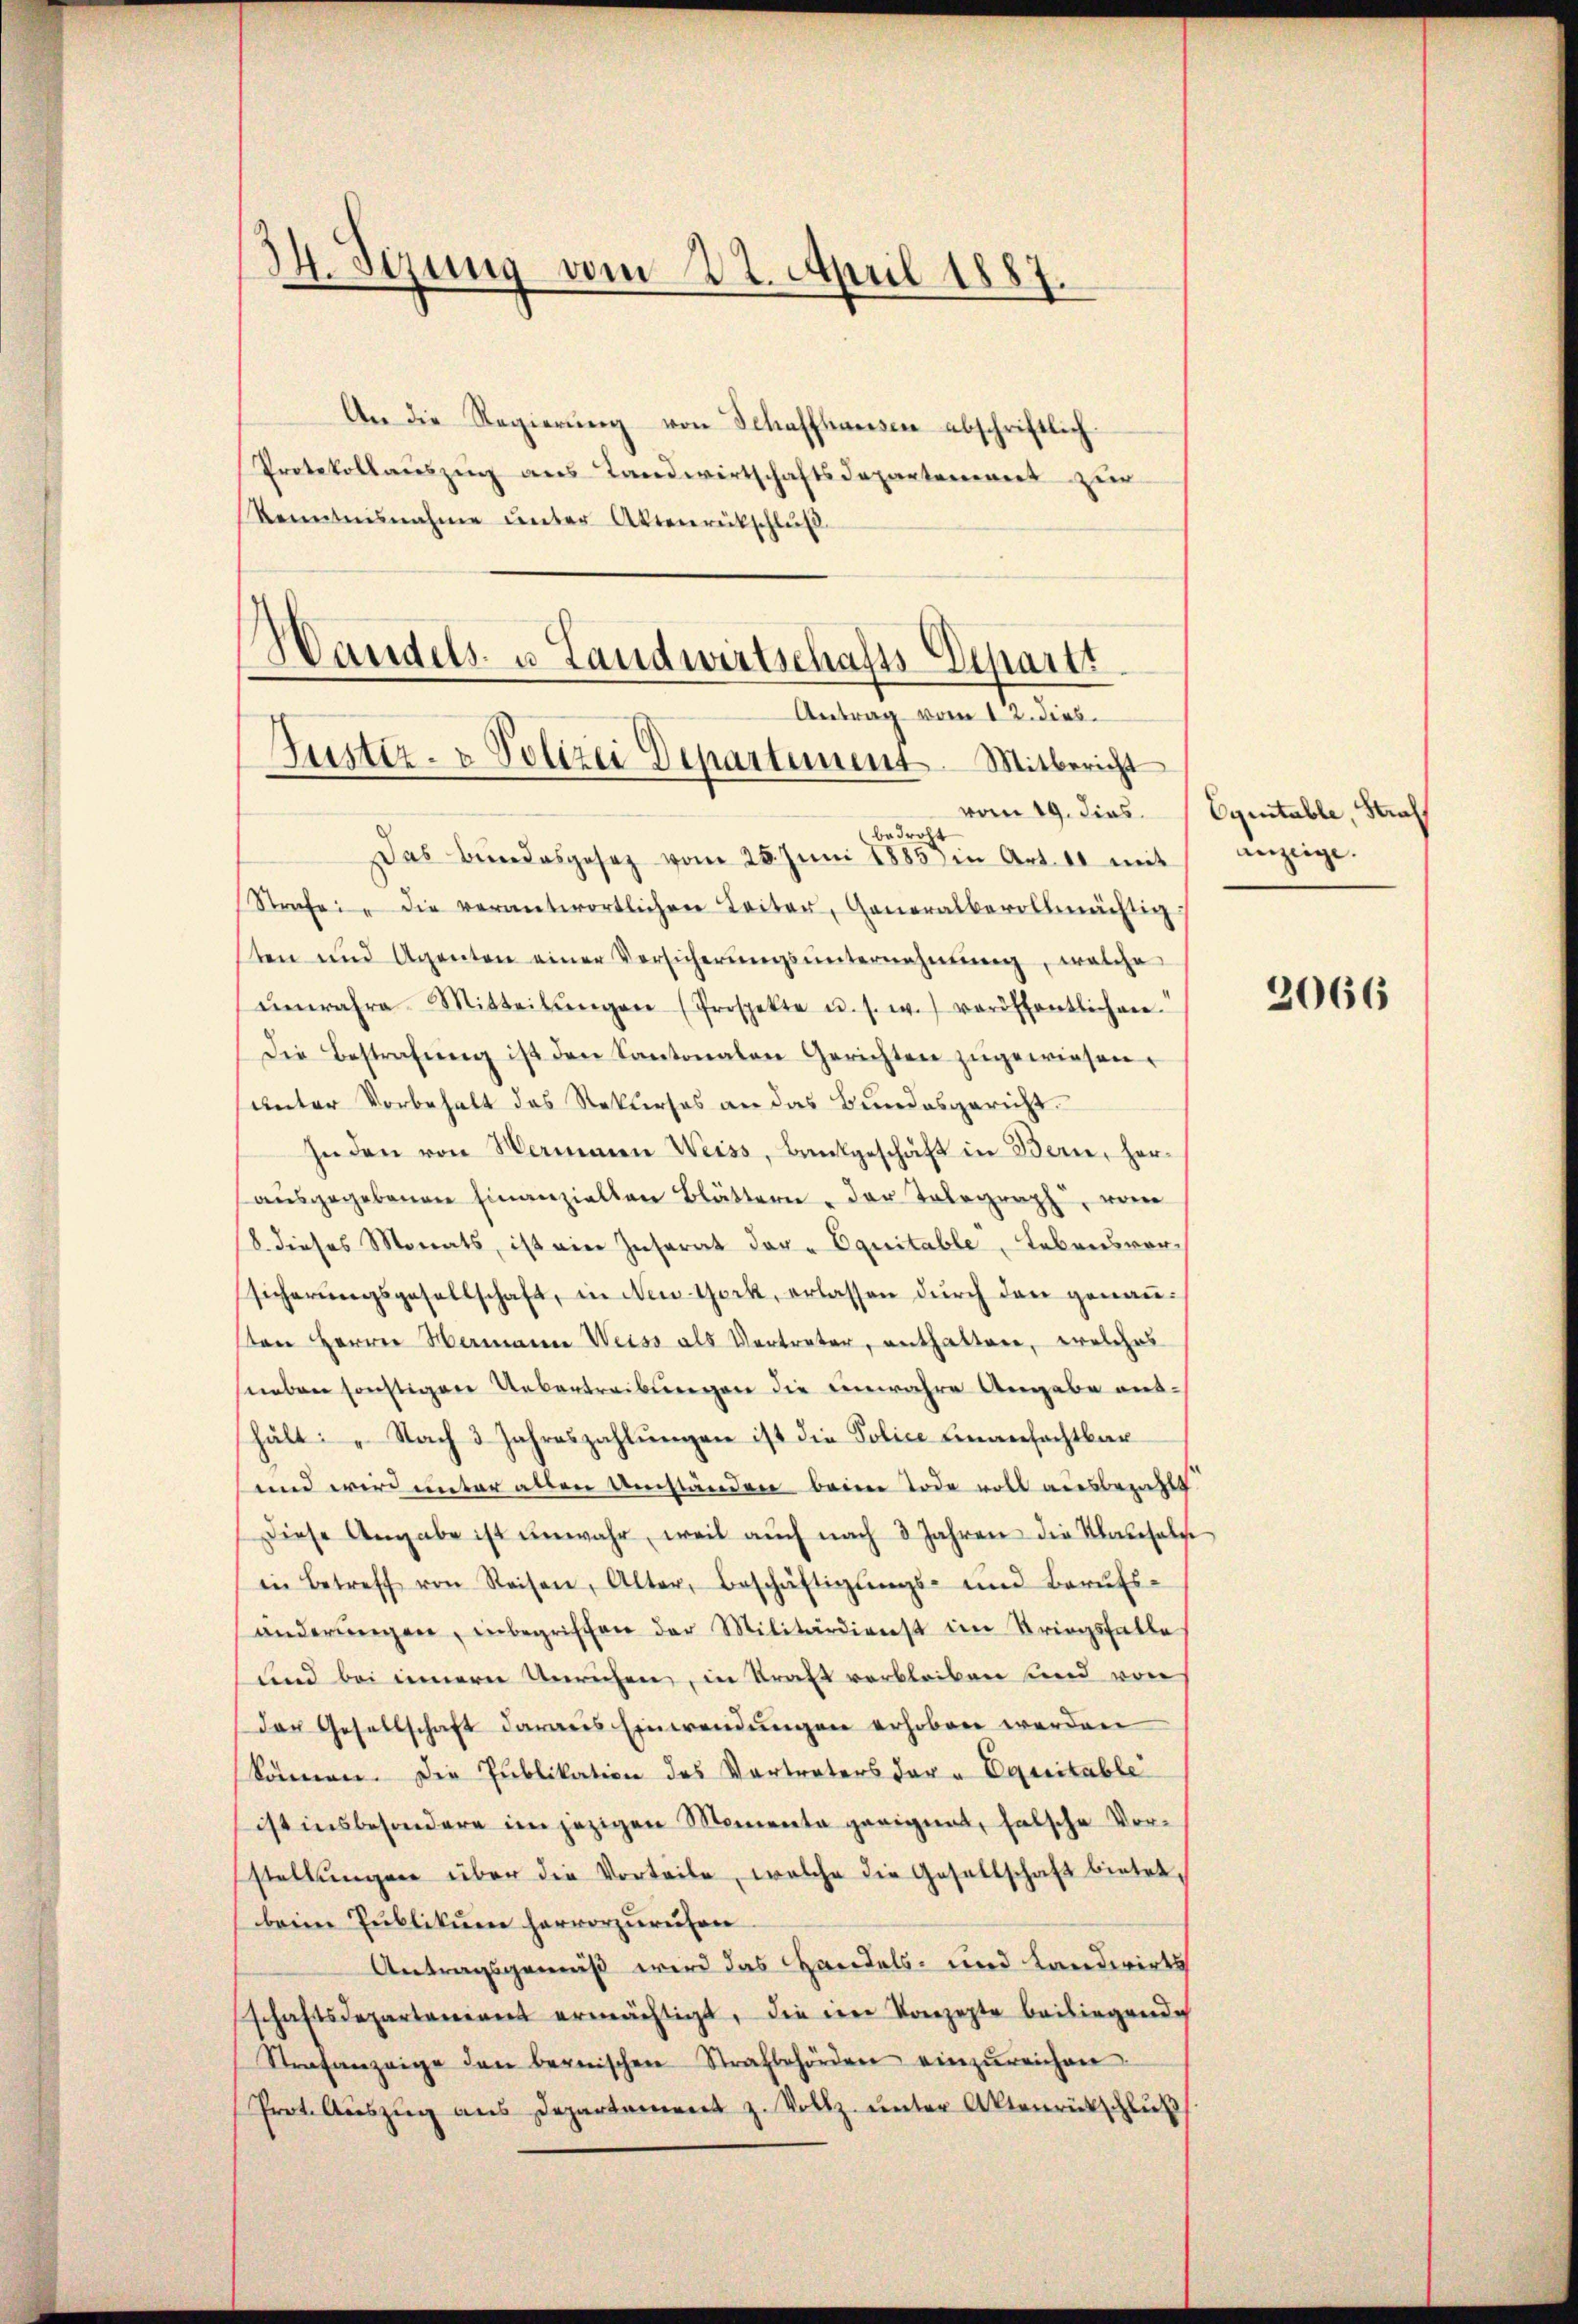
34. Sezung vom 22. April 1887.

An die Regierŭng von Schaffhausen abschriftlich
Protokollaŭszŭng ans Landwirtschaftsdepartement zur
Kenntnisnahme ŭnter Aktenrütschlŭβ

vom 19. dies
bedroht
Das Bundesgesetz vom 25. Juni 1885 in Art. 11 mit
Strafe: " die verantwortlichen Leiter, Generalbevollmächtig
ten und Agenten einer Vorsicherŭngsŭnternehmung, welche
unwahre Mitteilŭngen (Prospekte u. s. w.) veröffentlichene
Die Bestrafŭng ist den Kantonalen Gerichten zugewiesen.
unter Vorbehalt des Rekurses an das Bundesgericht.
Jnden von Wammen Weiss, Bankgeschäft in Bern, heraŭsgegebenen Finanziellen Blättern der Telegraph, von
18. dieses Monats, ist ein Insarat dar- Equitable Lebensvorsicherungsgesellschaft, in New-York, erlassen durch den genauten Herrn Hermann Weiss als Vertreter, enthalten, welches
sleben sonstigen Uebertreibungen die einwahre Angabe enthält: „Nach 3 Jahreszahlŭngen ist die Police einanfechtbar
und wird unter allen Umständen beim Tode voll ausbezahlt
Diese Angabe ist unwahr, weil aŭch nach 3 Jahren die Klabeholfe
in Betreff von Reisen, Alter, Beschäftigŭngs- und Berufs-
änderŭngen, inbegriffen der Militärdienst im Kriegsfalle
und bei innern Unrichen, in Kraft verbleiben und von
der Gesellschaft daraus Einwendungen erhoben werden
können. Die Publikation des Vertreters der u Equitable
ist insbesondere im jezigen Momenta geeignet, falsche Vorstellŭngen über die Vorteile, welche die Gesellschaft bietet.
beim Publikum hervorzurufen
Antragsgemäß wird das Handels- und Landwirts
schaftsdepartaneant ermächtigt, die der Konzepte beiliegende
Strafanzeige den bernischen Strafbehörden einzŭreichen
Prot. Aŭszŭg aŭs Departament z. Vollz. ŭnter Aktenrückschlŭβ

Handels- u. Landwirtschafts Departt
Antrag vom 12. dies
Justiz- & Polizei Departement. Mitbericht

Egintable, Straf
anzeige.

2066